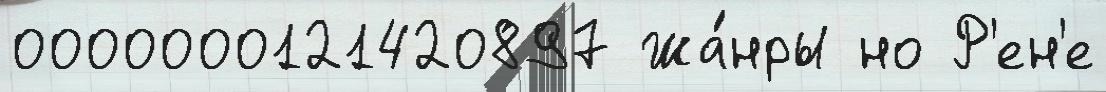
0000000121420897 Жа́нры но Р'ен'е